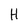
Character: H